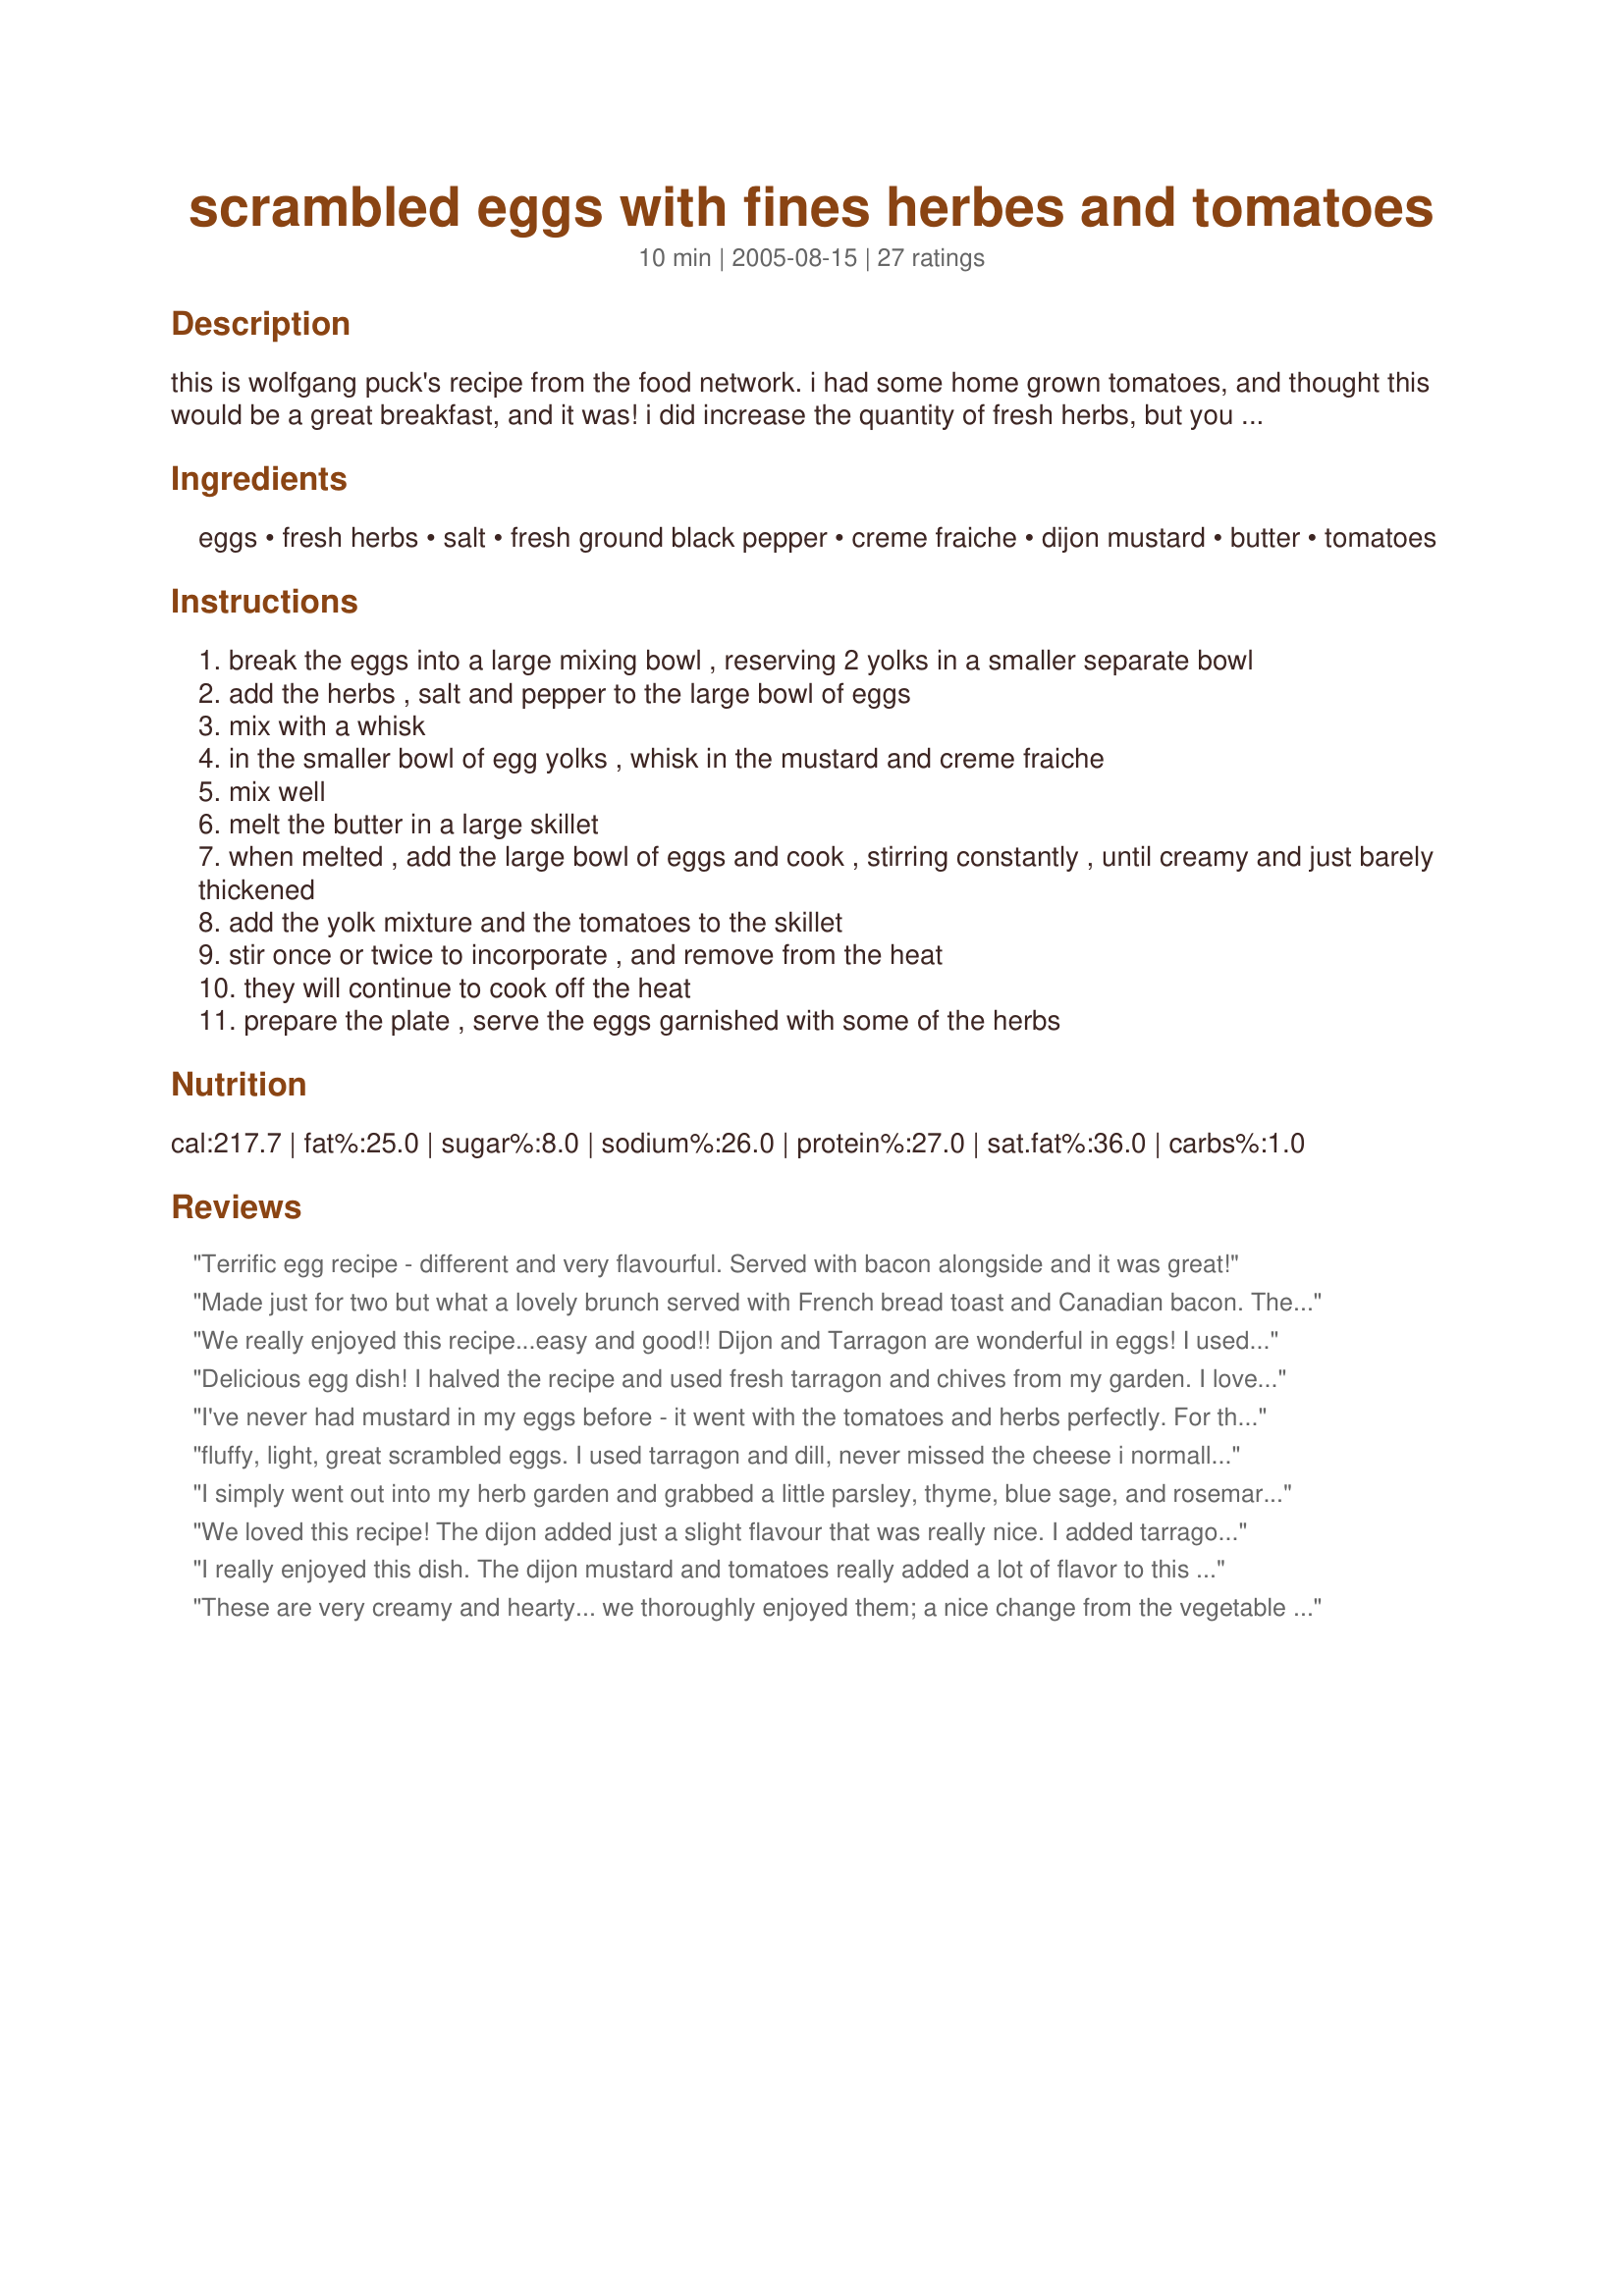
scrambled eggs with fines herbes and tomatoes
Preparation time: 10 minutes

this is wolfgang puck's recipe from the food network. i had some home grown tomatoes, and thought this would be a great breakfast, and it was! i did increase the quantity of fresh herbs, but you can reduce those to be more like his recipe. i also subbed creme fraiche for his heavy creme.

Ingredients:
eggs, fresh herbs, salt, fresh ground black pepper, creme fraiche, dijon mustard, butter, tomatoes

Steps:
break the eggs into a large mixing bowl , reserving 2 yolks in a smaller separate bowl
add the herbs , salt and pepper to the large bowl of eggs
mix with a whisk
in the smaller bowl of egg yolks , whisk in the mustard and creme fraiche
mix well
melt the butter in a large skillet
when melted , add the large bowl of eggs and cook , stirring constantly , until creamy and just barely thickened
add the yolk mixture and the tomatoes to the skillet
stir once or twice to incorporate , and remove from the heat
they will continue to cook off the heat
prepare the plate , serve the eggs garnished with some of the herbs

Reviews:
Terrific egg recipe - different and very flavourful. Served with bacon alongside and it was great!
Made just for two but what a lovely brunch served with French bread toast and Canadian bacon.
The addition of Dijon mustard & creme fraiche was new and what a lovely addition it was. I used chives, basil, and parsley, but want to try rosemary, marjoram and thyme next time around. Thank you for a wonderful change of pace. Made for ZWT5.
We really enjoyed this recipe...easy and good!!
Dijon and Tarragon are wonderful in eggs! I used both red and yellow pear tomatoes...quartered.
This will be made again for sure!!
Thank you!!
Delicious egg dish! I halved the recipe and used fresh tarragon and chives from my garden. I loved the delicate touch that the Dijon added. Thanks PanNan.
I've never had mustard in my eggs before - it went with the tomatoes and herbs perfectly. For the omnomnommers ZWT8 :D
fluffy, light, great scrambled eggs. I used tarragon and dill, never missed the cheese i normally add to scrambled eggs and loved the mustard! i discovered an easy way to peel tomatos without blanching them in a pot of boiling water too. Just fill a small bowl full of the hottest tap water you have, sit them in it for 5 - 10 minutes and peel. Works like blanching without needing to boil a pot of water and fuss.
I simply went out into my herb garden and grabbed a little parsley, thyme, blue sage, and rosemary and tossed it in the pan with the other ingredients. Nice fluffly eggs. I also used tomatoes from my garden so it was nice to use my garden for once. I will definitely keep this recipe in mind when I make eggs for breakfast. Made for ZWT8.
We loved this recipe! The dijon added just a slight flavour that was really nice. I added tarragon and chives from my garden. Thanks for posting! Made for ZWT 3 :)
I really enjoyed this dish. The dijon mustard and tomatoes really added a lot of flavor to this egg dish. It made for a very tasty breakfast. Made for ZWT5.
These are very creamy and hearty... we thoroughly enjoyed them; a nice change from the vegetable eggs that I usually make :) I used parsley, cilantro, and chives, and made just enough for DH and myself :) Thanks!
Don't think I'm ever going back to my boring ol' scrambled eggs with cheese! These weren't really much more work than regular scrambled eggs! You can bet I will be making these on a regular basis.... Thanks for posting this delicious recipe! Made for ZWT5....
These were certainly the fanciest scrambled eggs I have ever had. The flavors were like I was eating at a 5-star restaurant. I used parsley, rosemary and chives for the herbs, as well as the creme fraiche. The hint of the Dijon mustard flavor really went well with the flavor of the herbs and the tomatoes. Made for ZWT5.
Really good. Not much more work than regular scrambled eggs. To make it really french I added some Fleur de sel and gruyere cheese that I had left over from making another dish. The fresh herbs were thyme, rosemary and terragon (next time I'll limit it to two herbs)
I love Dijon mustard in my eggs! There I've said it. I have always enjoyed a slice of home-grown tomatoes with my eggs, but this is soooo good. I drained my tomatoes on a paper towel to help soak up some extra juice, and the eggs were fantastic. Made for Saucy Senoritas for ZWT5. Thank you!
PanNan, these are awesome eggs. I enjoyed them very much. I really loved the flavor that the dijon mustard imparts, it really enhanced the fresh herbs that I used sage, thyme, rosemary and green scallions. Thank you so much for sharing this creamy treat. Made for Top Favorites of 2009 Cookbooks Tag Game :)
This was delicious! We used chopped grape tomatoes, fresh tarragon and fresh Thai basil. I highly recommend the tarragon - the flavor was perfect. We also substituted fat-free sour cream for the creme fraiche. Made for ZWT8 Family Picks.
This is a very nice take on scrambled eggs. Very flavourful I used chives, parsley and marjoram since I had it in the garden. I used MarraMamba's method of peeling tomatoes as suggested in her review and it worked like a charm. Made for I Recommend Tag.
*Reviewed for ZWT5 France visit for the Chow Hounds Team* Delicious scrambled eggs- loved the dijon, creme fraiche and fresh herbs as decadent additions. After reading FT's review, I made sure my tomatoes were at room temp. I peeled, deseeded and made sure they were as dry as possible before addding to my eggs. I used a mix of flat-leaf parsley, tarragon, sage, chives and basil. THe herbs smelt wonderful as I was chopping them. I dont usually have so many herbs at hand but had bought them for my ZWT cooking. I did find the mix was still too runny after adding the creme fraiche/egg yolk mix, so did need to return and stir over more heat. Perhaps a heavy bottomed skillet would have been different. Turned out to be a wonderful breakfast though :) Photo also being posted
Made this for breakfast for ZWT 8 the France leg and it was so simple and so good, really enjoyed it. The only change I made was to scale it back for 2. I'll be using this often, loved the herbs and fresh tomatoes.
The dijon mustard works really well in this recipe and I like the fluffy textue from mixing in the egg yolk at the very end. I used fresh parsley and chives; and opted to keep my tomatoes sliced fresh and not cooked in the eggs. Definitely a recipe I will be making again. Made for ZWT8 by Bistro Babes
These are crazy good eggs! Mixing the creme fraiche and mustard with the egg yolks and adding toward the end of the cooking time results in very creamy eggs. A very nice technique that I will continue to use. I used chives, thyme and shallot from my garden. I opted to serve my tomatoes (garden fresh, sliced, sprinkled with freshly ground pepper, chives and olive oil) on the side to avoid what others found were soggy eggs. Served this with pan fried new potatoes and onions, sausage patties and cantaloupe. Thank you for sharing!!
Easy & excellent recipe for a quick breakfast or late night supper. I used dried herbs de provence, fresh chives, and fresh parsley and reduced the recipe for two servings. Thank you for sharing your recipe! 

Reviewed for ZWT #.
I scaled this back for 2 serves and my herb of choice was basil (just love it with tomatoes) and I used light sour cream in place of the creme fraiche and about half the butter and served with wholl/wholegrain toasted bread. We just loved the flavours and what a difference putting in those 2 eggs yolks separately does for the texture of the eggs., loved it. Thank you PanNan and lazyme for the recommendation, made for I Recommend Tag Game.
These were wonderful! At first glance, it seemed like the mustard might have a strong flavor, but it really is mild and blended with all the other herb/tomato flavors. The eggs were also soft and creamy, which was a delight. Made by a Saucy Senorita for ZWT5.
Almost the same recipe I make for the guests in the Auberge, but I enjoyed the addition of mustard in this recipe - made for breakfast today and very much enjoyed! I used fresh fines herbes from my garden and also garnished the eggs with more chopped herbs. The only change I may make, is to cook the tomatoes a little before adding them to the eggs, as the fresh tomatoes made this a little watery, just me being pernickity! Full on taste and flavour and VERY French! Made for Whine and Cheese for ZWT5. Merci Nan, FT:-)
Great recipe and really quick and easy to make. I scaled mine down to make just enough for one, and had no problems at all. I did not use the mustard because I didn't think I would like it, and for the herbs I used chives, basil and curly leaf parsley.
Thank you for a new scrambled egg recipe. I would never have thought to add dijon mustard. What a taste bud surprise. I eat scrambled eggs alot cause its quick and easy. This was such a pleasure. I used parsley,thyme and garlic powder for my herbs. Thanks Nan!!
